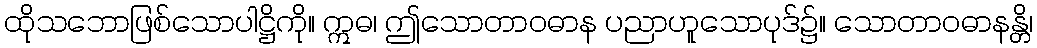
ထိုသဘောဖြစ်သောပါဋ္ဌိကို။ ဣဓ၊ ဤသောတာဝဓာန ပညာဟူသောပုဒ်၌။ သောတာဝဓာနန္တိ၊